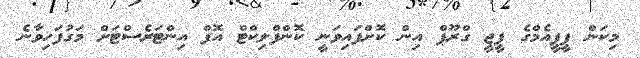
މިކަން ޕީޕީއެމްގެ ޕީޖީ ގްރޫޕް އިން ކޮށްފައިވަނީ ކޮންފްލިކްޓް އޮފް އިންޓަރެސްޓަށް މަގުފަހިވާނެ